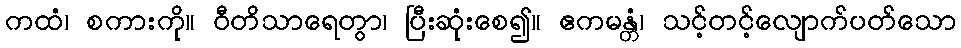
ကထံ၊ စကားကို။ ဝီတိသာရေတွာ၊ ပြီးဆုံးစေ၍။ ဧကမန္တံ၊ သင့်တင့်လျောက်ပတ်သော